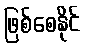
ဖြစ်စေနိုင်